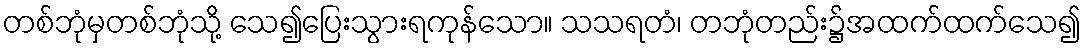
တစ်ဘုံမှတစ်ဘုံသို့ သေ၍ပြေးသွားရကုန်သော။ သသရတံ၊ တဘုံတည်း၌အထက်ထက်သေ၍